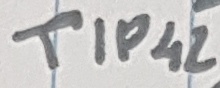
Text: TIP42